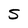
Character: S